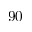
9 0